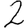
Digit: 2